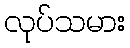
လုပ်သမား